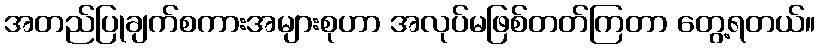
အတည်ပြုချက်စကားအများစုဟာ အလုပ်မဖြစ်တတ်ကြတာ တွေ့ရတယ်။